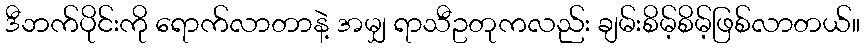
ဒီဘက်ပိုင်းကို ရောက်လာတာနဲ့ အမျှ ရာသီဥတုကလည်း ချမ်းစိမ့်စိမ့်ဖြစ်လာတယ်။